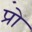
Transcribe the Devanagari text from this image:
प्रो़